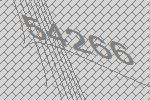
54266